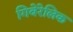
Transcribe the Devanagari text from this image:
गिबेरेलिक